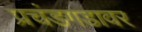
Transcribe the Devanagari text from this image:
प्रचंडगडावर